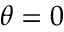
\theta = 0